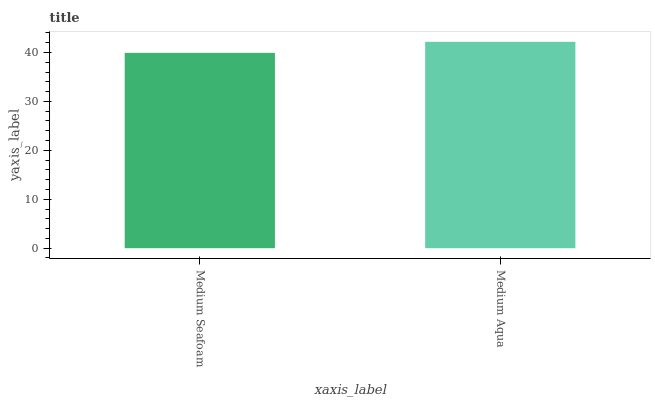
| xaxis_label | bars |
 | --- | --- |
 | Medium Seafoam | 39.9 |
 | Medium Aqua | 42.2 |